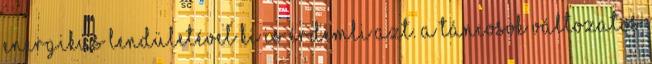
energikus lendületével ki is érdemli azt. A táncosok változatos